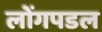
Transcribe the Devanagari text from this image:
लोंगपडल